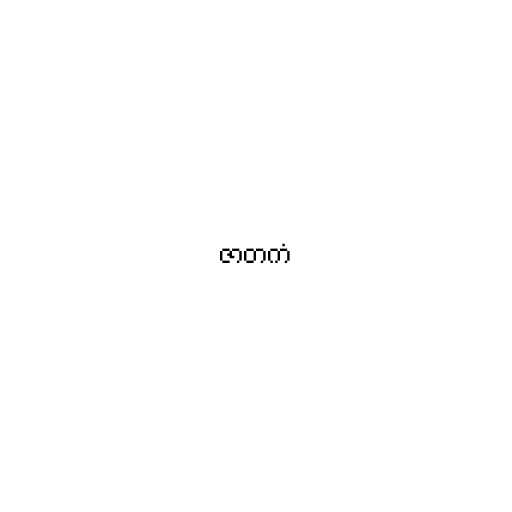
ဇာတကံ